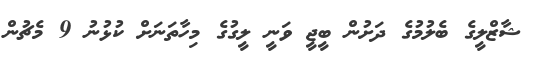
ޝާޒްލީގެ ބެލުމުގެ ދަށުން ބީޖީ ވަނީ ލީގުގެ މިހާތަނަށް ކުޅުނު 9 މެޗުން